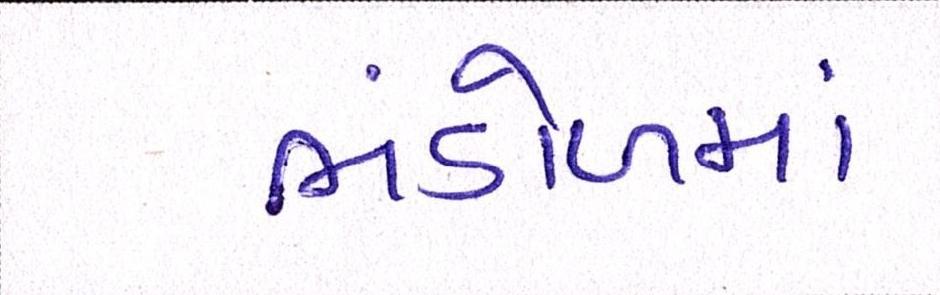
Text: ભંડોળમાં